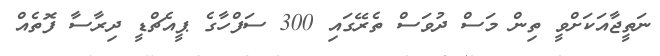
ނަތީޖާއަކަށްވީ ތިން މަސް ދުވަސް ތެރޭގައި 300 ސަފްހާގެ ޕީއެޗްޑީ ދިރާސާ ފޮތެއް